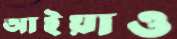
আইয়াও